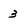
Character: 3